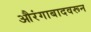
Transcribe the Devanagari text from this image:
औरंगाबादवरून